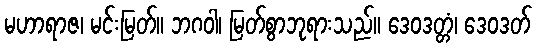
မဟာရာဇ၊ မင်းမြတ်။ ဘဂဝါ၊ မြတ်စွာဘုရားသည်။ ဒေဝဒတ္တံ၊ ဒေဝဒတ်